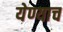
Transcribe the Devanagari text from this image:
येण्याच